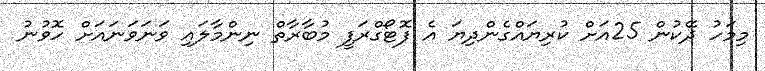
މިމަހު ދޭކުން 25އަށް ކުރިޔައްގެންދިޔަ އެ ފޮޓޯގްރަފީ މުބާރާތް ނިންމާލައި ވަނަވަނައަށް ހޮވުނު